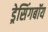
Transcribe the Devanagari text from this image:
ड्रेसिंगबॉय